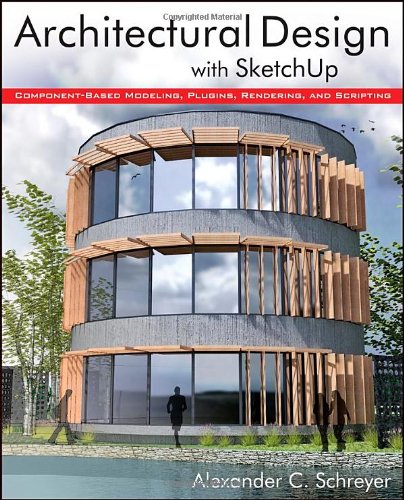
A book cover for Architectural Design with SketchUp: Component-Based Modeling, Plugins, Rendering, and Scripting; Alexander C. Schreyer; Computers & Technology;